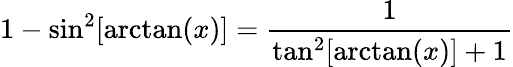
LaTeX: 1-\sin^{2}[\arctan(x)]={\frac{1}{\tan^{2}[\arctan(x)]+1}}